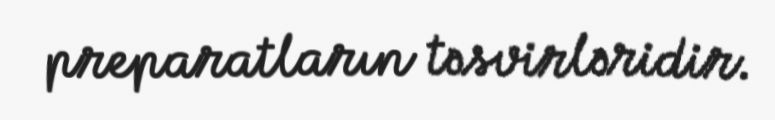
preparatların təsvirləridir.